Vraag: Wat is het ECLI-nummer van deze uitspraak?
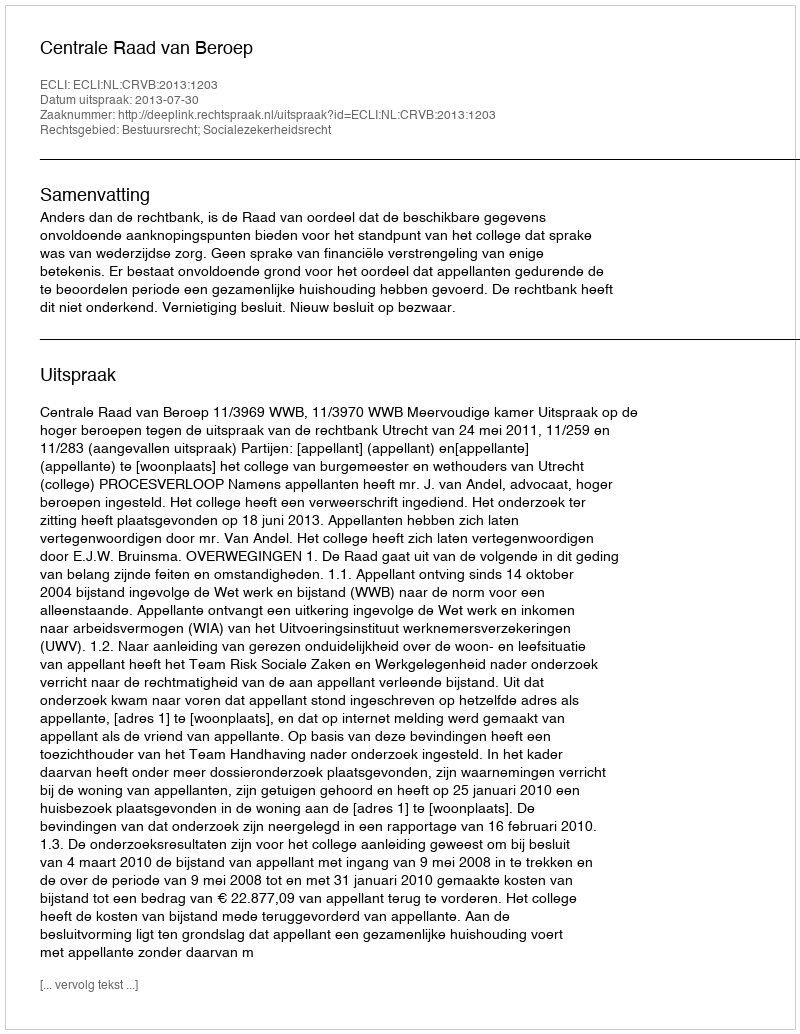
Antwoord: ECLI:NL:CRVB:2013:1203